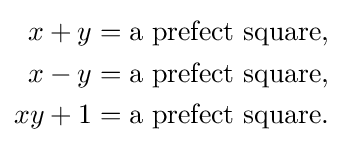
{\begin{aligned}x+y&={\text{a prefect square}},\\x-y&={\text{a prefect square}},\\xy+1&={\text{a prefect square}}.\end{aligned}}